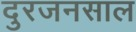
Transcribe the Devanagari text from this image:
दुरजनसाल